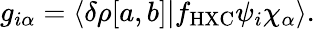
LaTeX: \begin{array}{r}{g_{i\alpha}=\langle\delta\rho[a,b]|f_{\mathrm{HXC}}\psi_{i}\chi_{\alpha}\rangle.}\end{array}